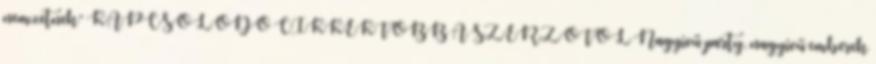
nemzetnek” KAPCSOLÓDÓ CIKKEKTÖBB A SZERZŐTŐL Nagyívű party, nagyívű emberek